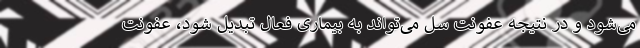
می‌شود و در نتیجه عفونت سل می‌تواند به بیماری فعال تبدیل شود، عفونت